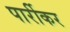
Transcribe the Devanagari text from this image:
पार्रीकर